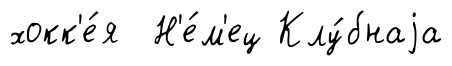
хокк'е́я Н'е́м'ец Клу́бнаjа